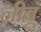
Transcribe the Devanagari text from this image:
नीबूं